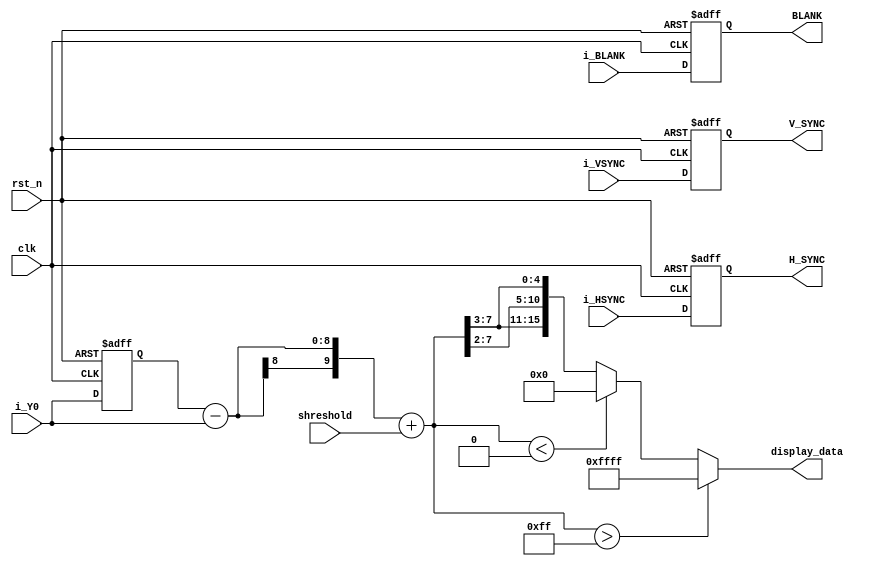
module EMBOSS(
  input clk,
  input [7:0] shreshold,
  input rst_n,
  input i_HSYNC,
  input i_VSYNC,
  input i_BLANK,
  input [7:0] i_Y0,
  output reg H_SYNC,
  output reg V_SYNC,
  output reg BLANK,
  output reg [15:0] display_data
    );
  wire signed [9:0] emboss_value;
  reg [7:0] r_Y0;

  always @(posedge clk or negedge rst_n) begin
      if(!rst_n) begin
        r_Y0 <= 8'b0;
      end
      else begin
        r_Y0 <= i_Y0;
      end
  end

  assign emboss_value = r_Y0 - i_Y0 + shreshold;

  always @(*) begin
      if(emboss_value > 255) begin
        display_data = 16'hffff;
      end
      else if(emboss_value < 0) begin
        display_data = 16'b0;
      end
      else begin
        display_data = {emboss_value[7:3], emboss_value[7:2], emboss_value[7:3]};
      end
  end


  always @(posedge clk or negedge rst_n) begin
      if(!rst_n) begin
        H_SYNC <= 1'b0;
        V_SYNC <= 1'b0;
        BLANK <= 1'b0;
      end
      else begin
        H_SYNC <= i_HSYNC;
        V_SYNC <= i_VSYNC;
        BLANK <= i_BLANK;
      end
  end
endmodule